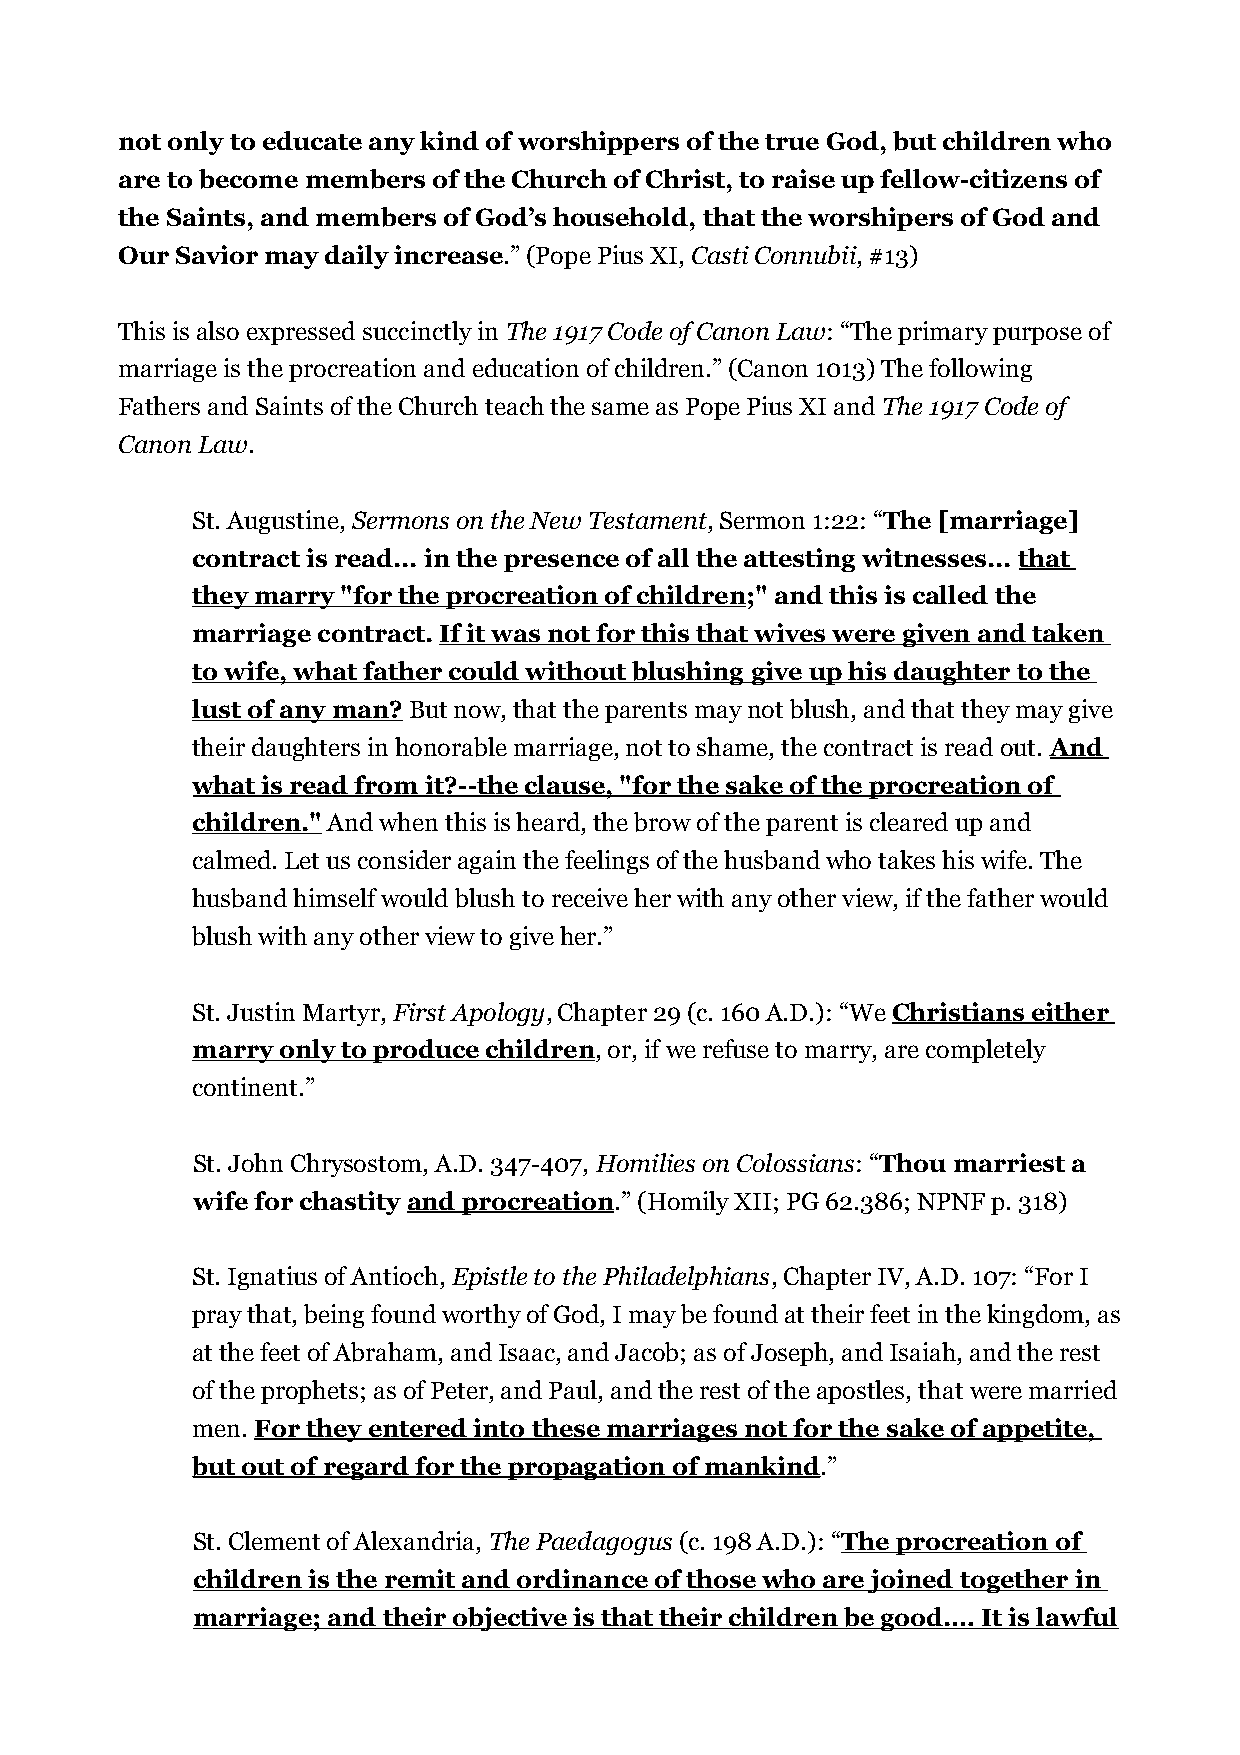
not only to educate any kind of worshippers of the true God, but children who
 are to become members of the Church of Christ, to raise up fellow-citizens of
 the Saints, and members of God’s household, that the worshipers of God and
 Our Savior may daily increase.” (Pope Pius XI, Casti Connubii, #13)
 This is also expressed succinctly in The 1917 Code of Canon Law: “The primary purpose of
 marriage is the procreation and education of children.” (Canon 1013) The following
 Fathers and Saints of the Church teach the same as Pope Pius XI and The 1917 Code of
 Canon Law.
 St. Augustine, Sermons on the New Testament, Sermon 1:22: “The [marriage]
 contract is read... in the presence of all the attesting witnesses... that
 they marry "for the procreation of children;" and this is called the
 marriage contract. If it was not for this that wives were given and taken
 to wife, what father could without blushing give up his daughter to the
 lust of any man? But now, that the parents may not blush, and that they may give
 their daughters in honorable marriage, not to shame, the contract is read out. And
 what is read from it?--the clause, "for the sake of the procreation of
 children." And when this is heard, the brow of the parent is cleared up and
 calmed. Let us consider again the feelings of the husband who takes his wife. The
 husband himself would blush to receive her with any other view, if the father would
 blush with any other view to give her.”
 St. Justin Martyr, First Apology, Chapter 29 (c. 160 A.D.): “We Christians either
 marry only to produce children, or, if we refuse to marry, are completely
 continent.”
 St. John Chrysostom, A.D. 347-407, Homilies on Colossians: “Thou marriest a
 wife for chastity and procreation.” (Homily XII; PG 62.386; NPNF p. 318)
 St. Ignatius of Antioch, Epistle to the Philadelphians, Chapter IV, A.D. 107: “For I
 pray that, being found worthy of God, I may be found at their feet in the kingdom, as
 at the feet of Abraham, and Isaac, and Jacob; as of Joseph, and Isaiah, and the rest
 of the prophets; as of Peter, and Paul, and the rest of the apostles, that were married
 men. For they entered into these marriages not for the sake of appetite,
 but out of regard for the propagation of mankind.”
 St. Clement of Alexandria, The Paedagogus (c. 198 A.D.): “The procreation of
 children is the remit and ordinance of those who are joined together in
 marriage; and their objective is that their children be good.… It is lawful